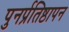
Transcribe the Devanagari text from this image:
पुनर्प्रतिष्ठापन